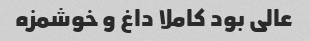
عالی بود کاملا داغ و خوشمزه